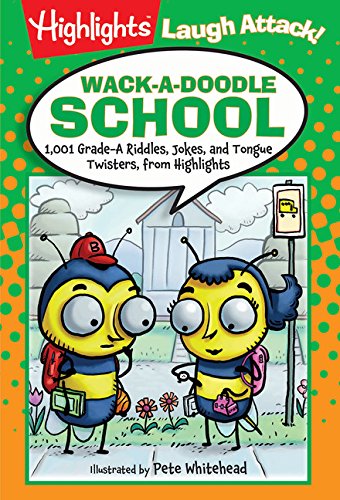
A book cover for Wack-a-Doodle School: 1,001 Grade-A Riddles, Jokes, and Tongue Twisters from Highlights (Laugh Attack!); Highlights for Children; Children's Books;